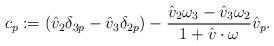
LaTeX: \begin{align*}c_p:= (\hat{v}_2\delta_{3p}-\hat{v}_3\delta_{2p}) - \frac{\hat{v}_2\omega_3-\hat{v}_3\omega_2}{1+\hat{v}\cdot \omega}\hat{v}_p.\end{align*}